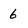
Character: 6